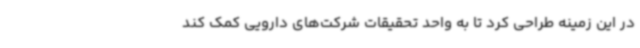
در این زمینه طراحی کرد تا به واحد تحقیقات شرکت‌های دارویی کمک کند